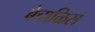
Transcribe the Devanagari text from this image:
बेचाळिस